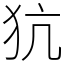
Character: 犺